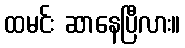
ထမင်း ဆာနေပြီလား။